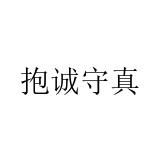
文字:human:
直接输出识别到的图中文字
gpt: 抱诚守真